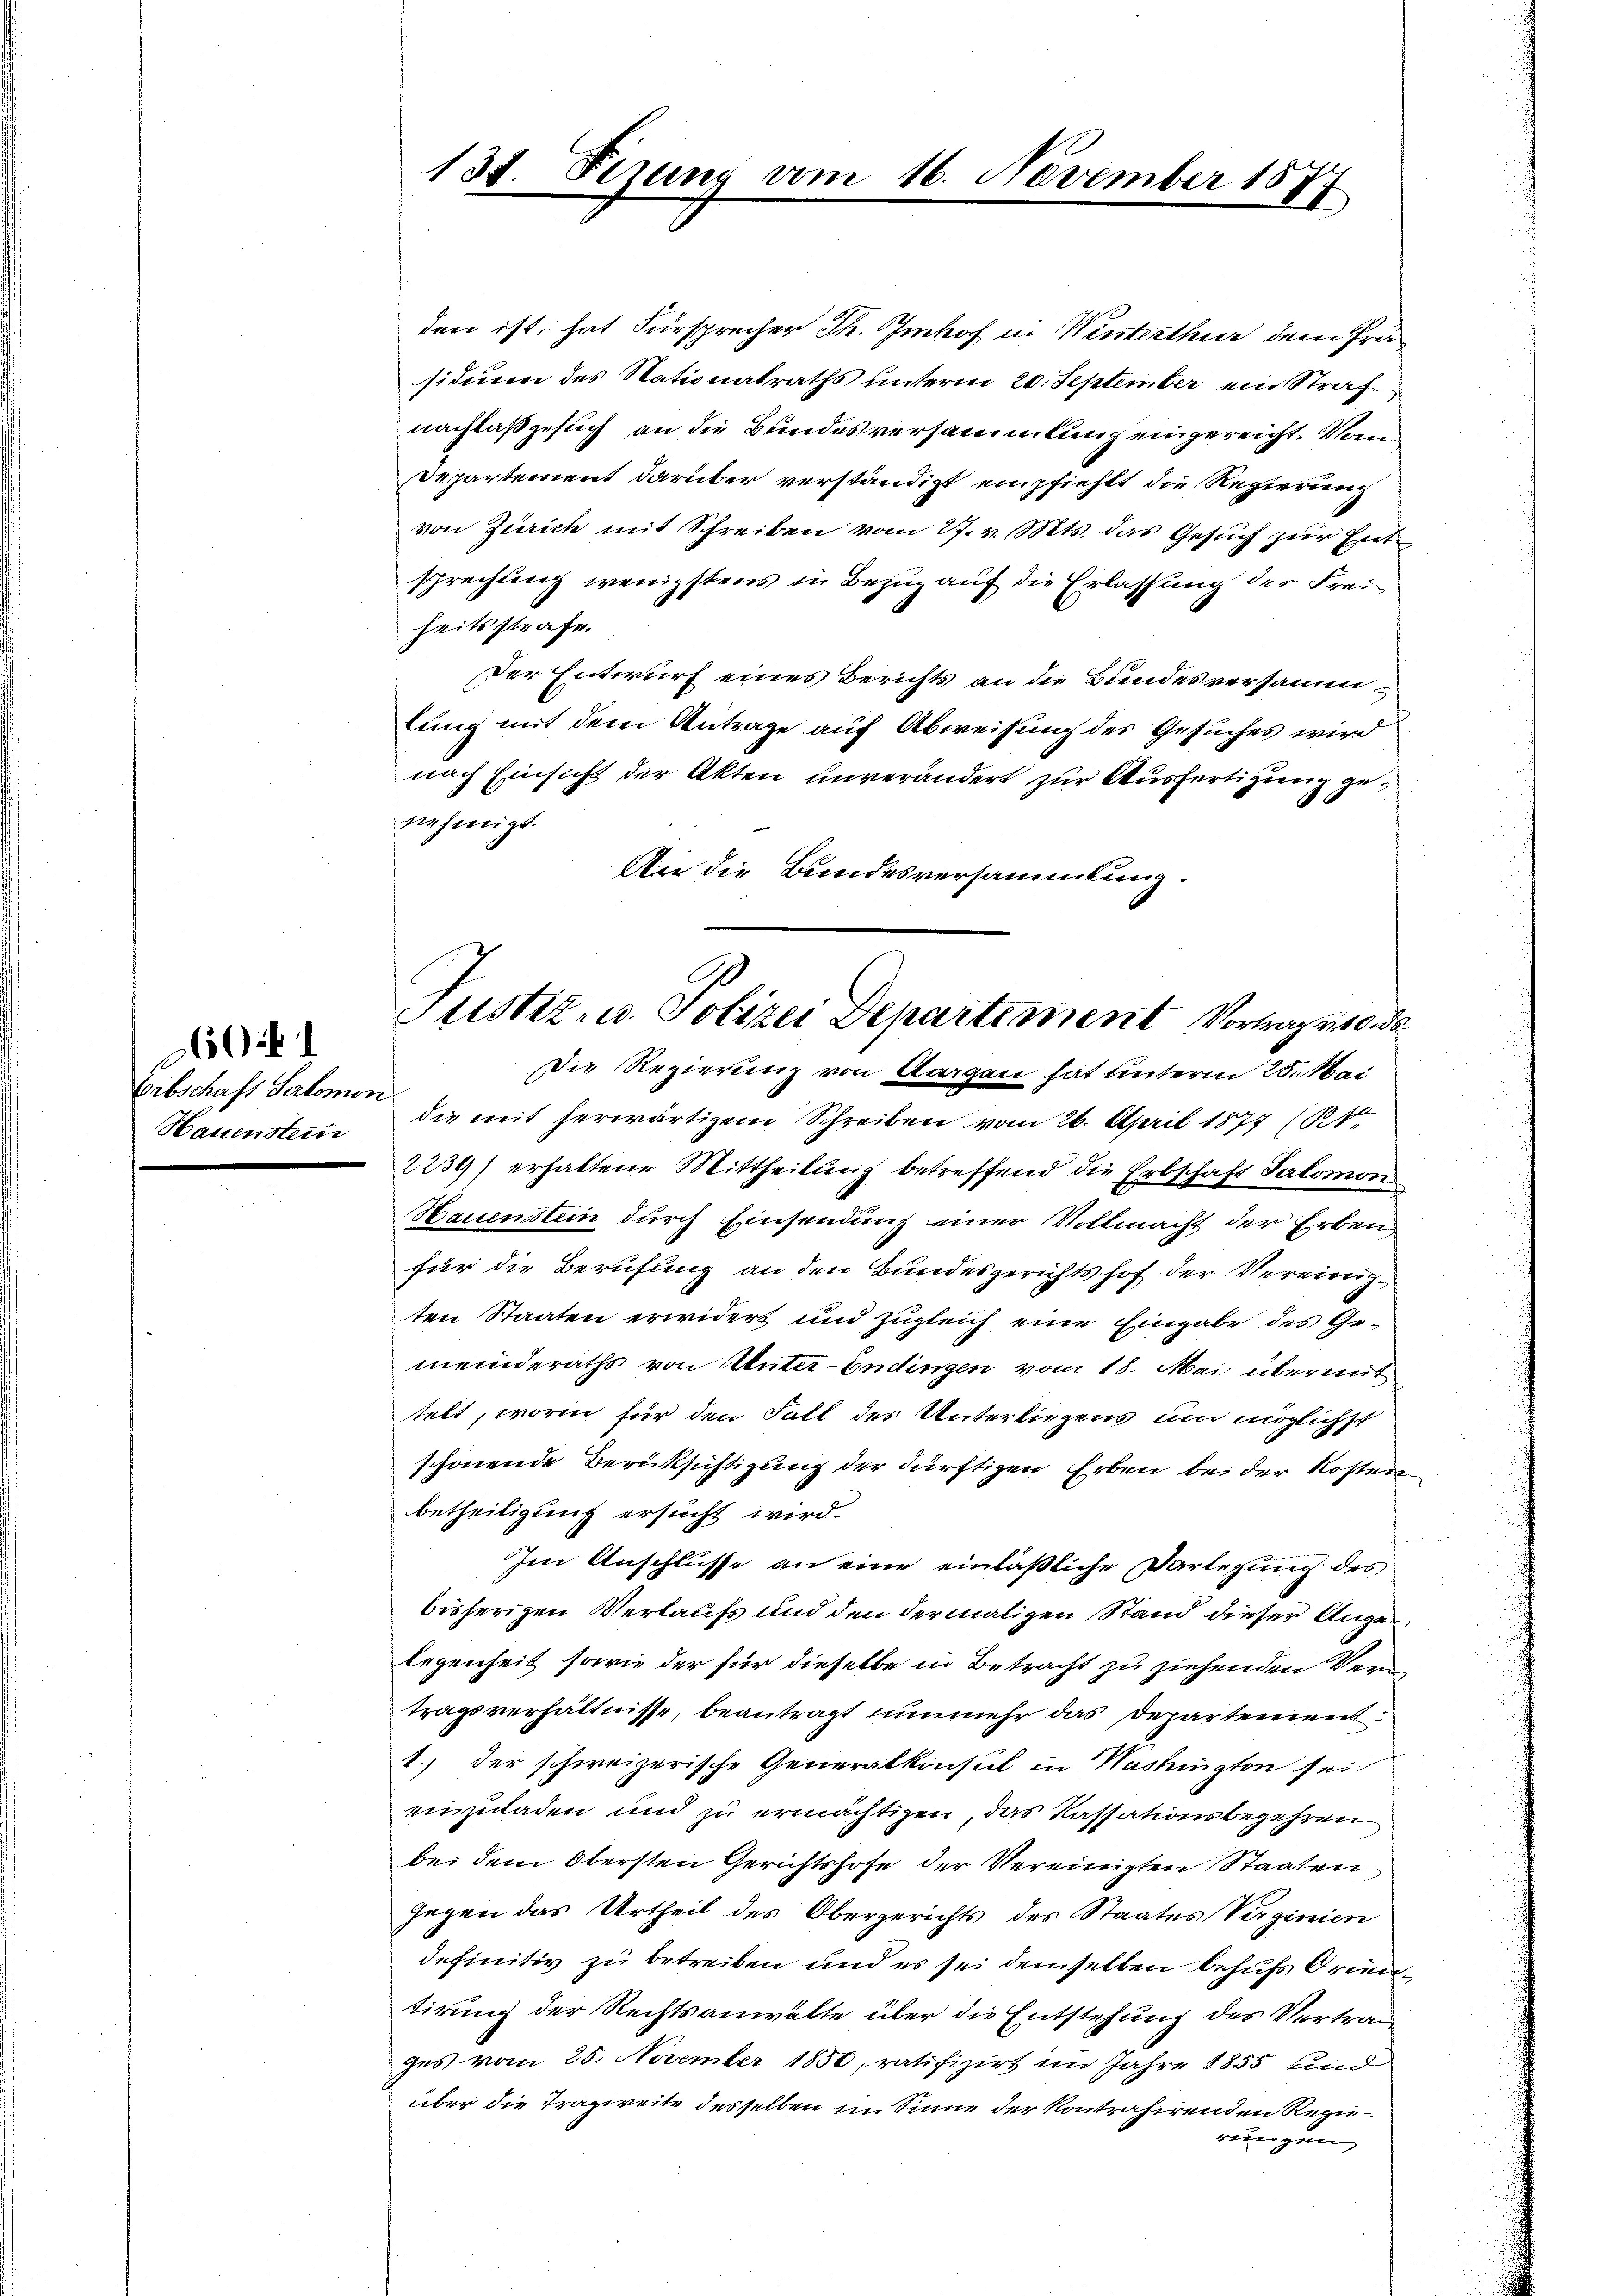
Erbschaft Salomon.
Hauensteine

60

den ist, hat Fürsprecher Th. Imhof in Winterthur dem Präsidium des Stationalraths unterm 20. September ein Strafnachlaßgesuch, an die Bundesversammlung eingereicht. Van
Departement darüber verständigt empfiehlt die Regierung
von Zürich mit Schreiben vom 27. v. Mts. das Gesuch zur Entsprechung wenigstens in Bezug auf die Erlassung der Freiheitsstrafe.
Der Entwurf eines Berichts an die Bundesversammlung mit dem Antrage auf Abweisung des Gesuches wird
nach Einsicht der Akten unverändert zur Ausfertigung genehmigt.
An die Bundesversammlung.
Die Regierung von Aargau hat unterm 25. Mai
die mit herwärtigem Schreiben vom 26. April 1877 (1
2239) erhaltene Mittheilung betreffend die Erbschaft Salomon
Hauenstein durch Einsendung einer Vollmacht der Erben
für die Berufung an den Bundesgerichtshof der Vereinigten Staaten erwidert und zugleich eine Eingabe des Gemeinderaths von Unter- Endingen vom 18. Mai übermit
telt, worin für den Fall des Unterliegens um möglichst
schonende Berüksichtigung der dürftigen Erben bei der Kosten
betheiligung ersucht wird.
Im Anschlusse an eine einläßliche Darlegung des
bisherigen Verlaufs und den dermaligen Stand dieser Augen
legenheit sowie der für dieselbe in Betracht zu ziehenden Ver
tragsverhältnisse, beantragt nunmehr das Departement
1.) Der schweizerische Generalkonsul in Washington sei
einzuladen und zu ermächtigen, das Kassationsbegehren
bei dem Obersten Gerichtshofe der Vereinigten Staaten
Gegen das Urtheil des Obergerichts des Staates Verginien
definitiv zu betreiben und es sei demselben behufs Armen
tirung der Rechtsanwälte über die Entstehung des Vertrag
ges vom 28. November 1850, ratifizirt im Jahre 1855 und
über die Tragweite desselben im Sinne der kontrahirenden Regiereinigen

s
13t. Fizung vom 16. November 1871

Justiz- u. Polizei Departement Vortrages da